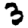
Digit: 3